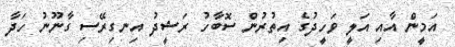
އަމީން އާއި އަލީ ވަހީދުގެ އިތުރުން ސޮބާހު ރަޝީދު އިނގިރޭސި ގާނޫނު ހަދާ